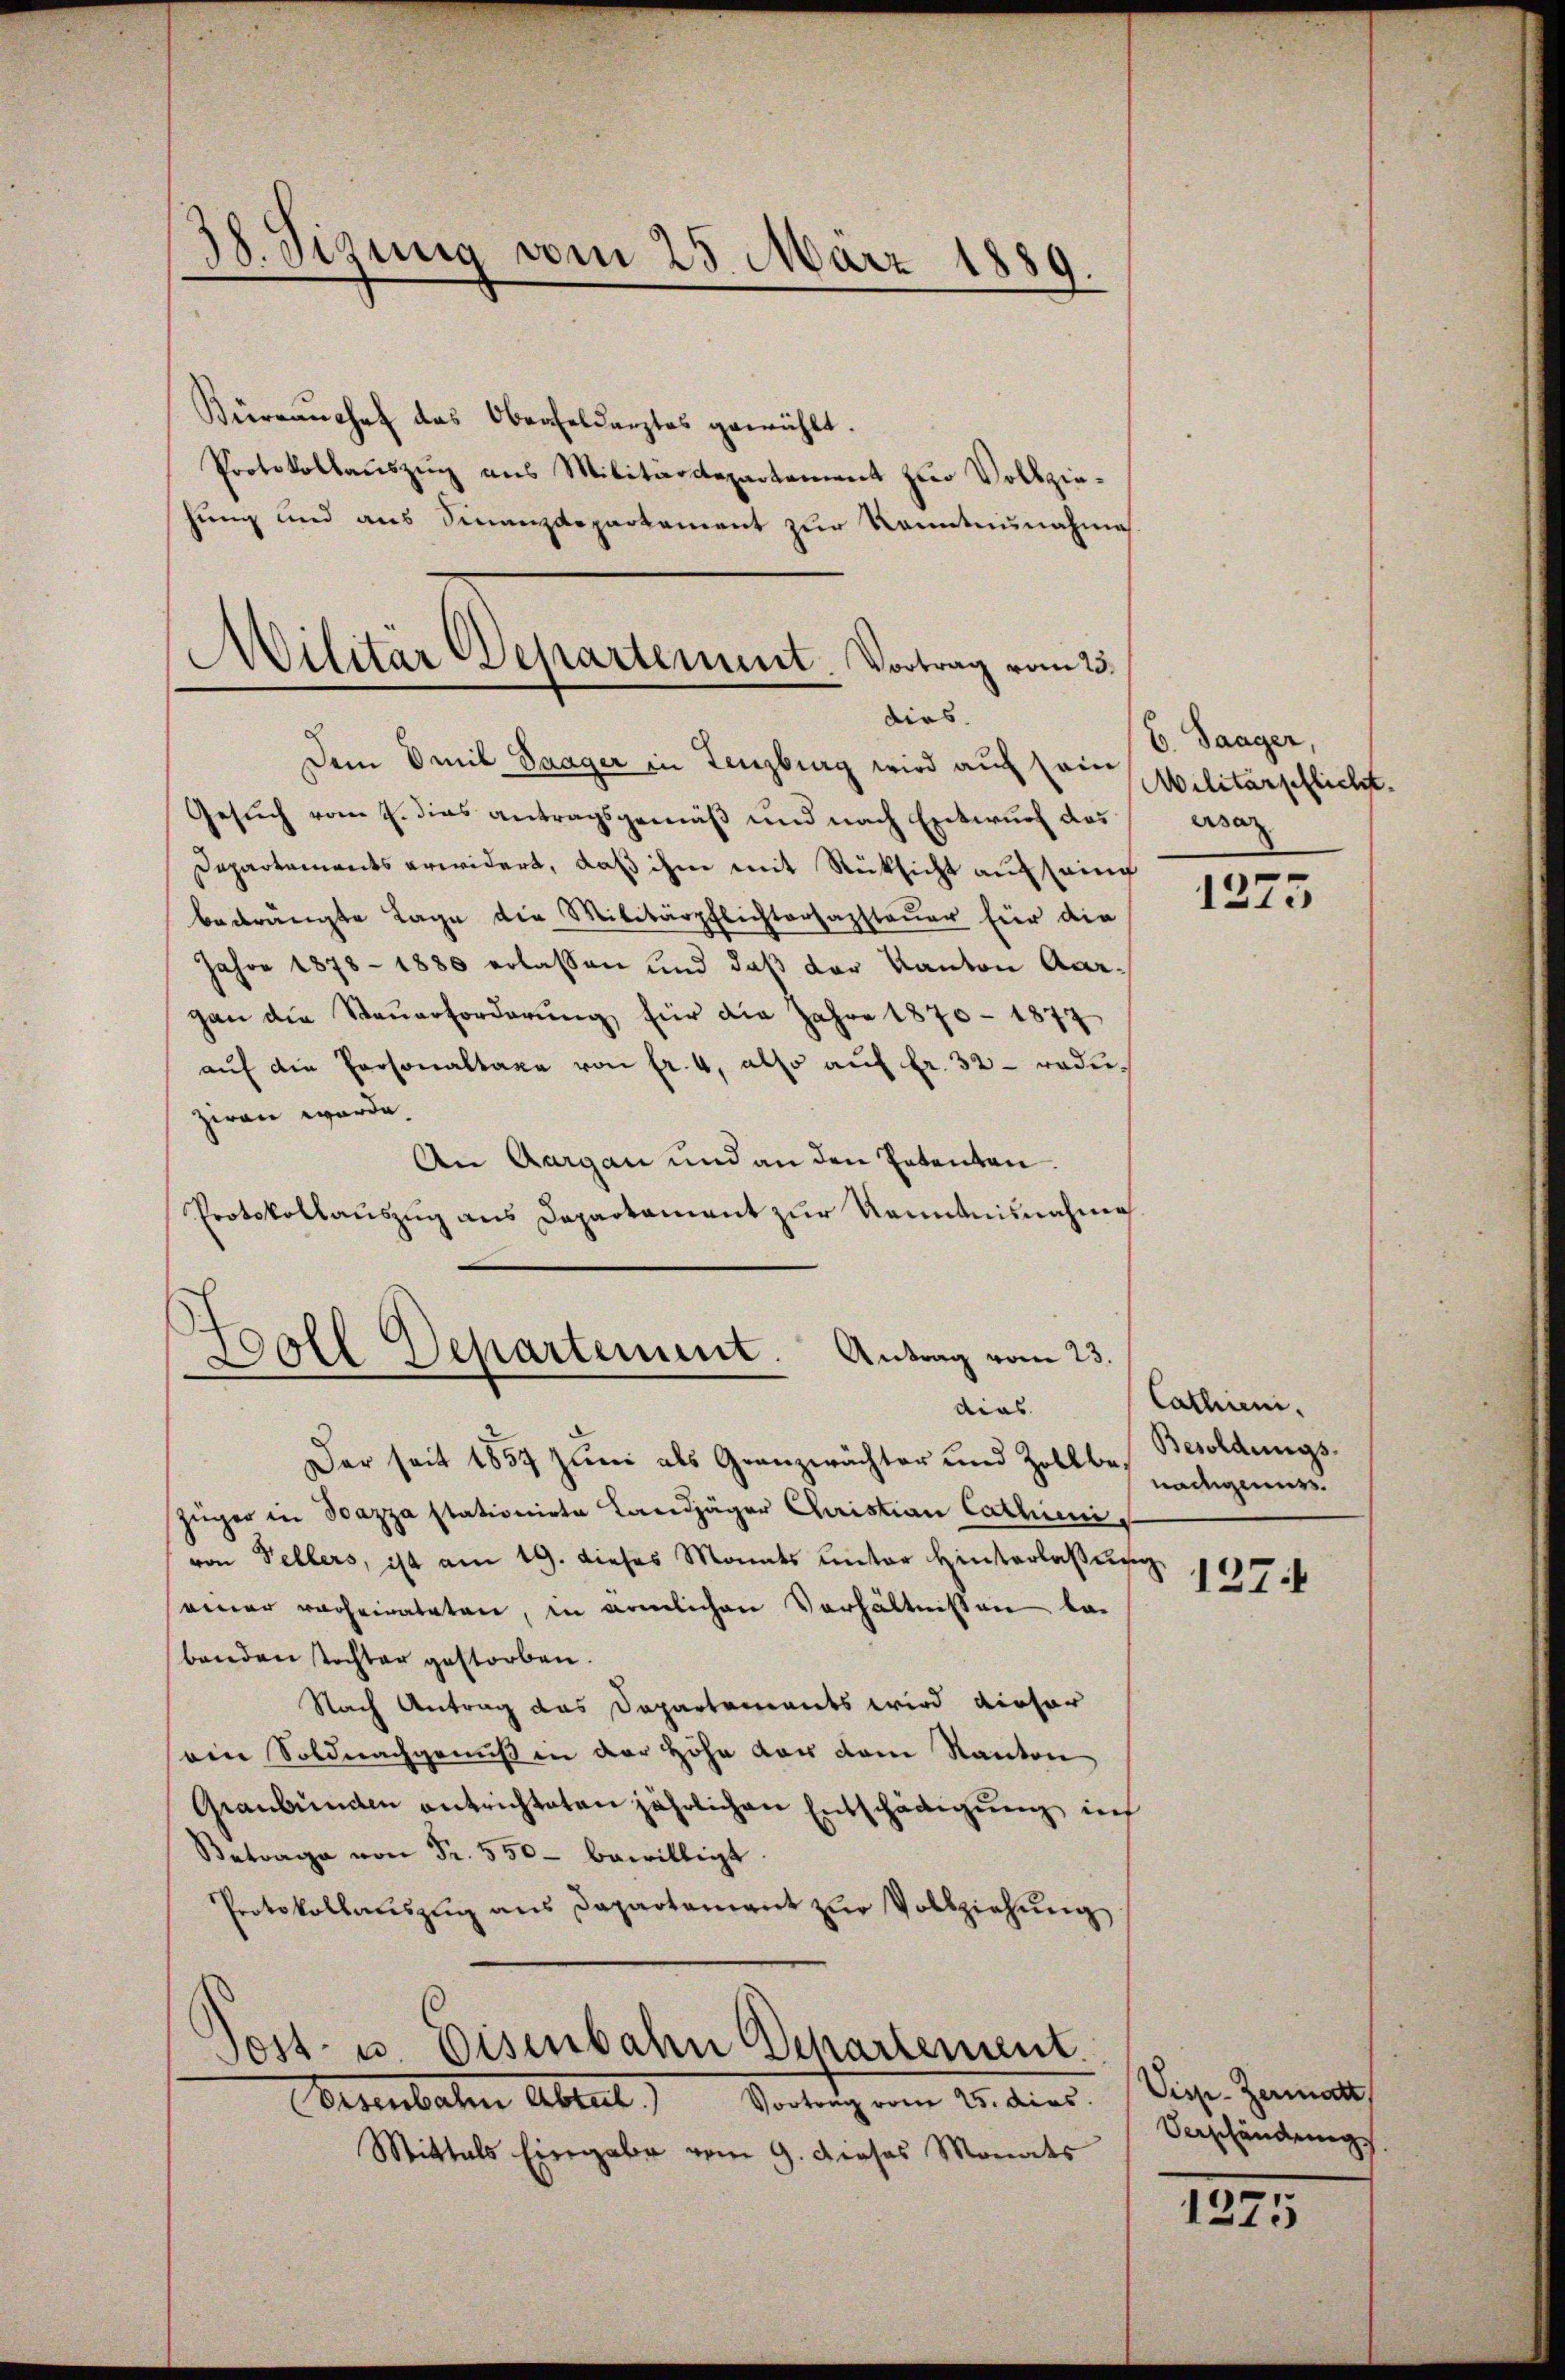
38. Sizung vom 25. März 1889.

Militär Departement. Vortrag vom 25.
dies

Boll Departement. Antrag vom 23.
dias

Büreaŭchef das Oberfeldarztes gewühlt.
Protokollaŭszŭg ans Militärdepartement zŭr Vollzie-
hung und aus Finanzdepartement zur Kenntnisnahme.
Dem Omil Saager in Lenzburg wird auch sein
Gesuch vom 4. dies antragsgemäß und nach Entwurf das
Departements erwidert, daß ihm mit Rücksicht auf sein
bedrängte Lage die Militärpflichterfassteuer für die
Jahre 1878 - 1880 erlassen und daß der Kanton Aargan die Steŭerforderŭng für die Jahre 1870 - 1877
aŭf die Personaltaxe von fr. 4, also auf fr. 32 - rode,
ziren wurde.
An Aargau und an den Petenten.
Protokollauszug aus Departament zur Kenntnisnahme

C. Saager,
Militärpflicht.
asar

Der seit 1857 Juni als Granzwächter und Zoll padegenüge
Züger in Bazza stationirte Landjäger Christian Catheni
von Sellers, ist am 19. dieses Monds unter Hinterlaßung
einer verheirateten, in ärmlichen Verhältnissen ba
banden tochter gestorben.
Nach Antrag das Departements wird dieser
ein Soldnachgenuß in der Höhe vor dem Kanton
Graubünden entrichteten jährlichen Entschädigung inf
Betrage von Fr. 550 bewilligt.
Protokollaŭszŭg ans Departement zŭr Vollziehŭng
Dost- u. Eisenbahn Departement.
Vortrag vom 25. dies
Eisenbachen Abteil
Mittals Eingabe vom 9. Dieses Monats

1275

Cathieni.
Besoldungs-

1274

Visp-Zermatt,
Verschändung

1275